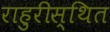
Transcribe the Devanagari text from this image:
राहुरीस्थित